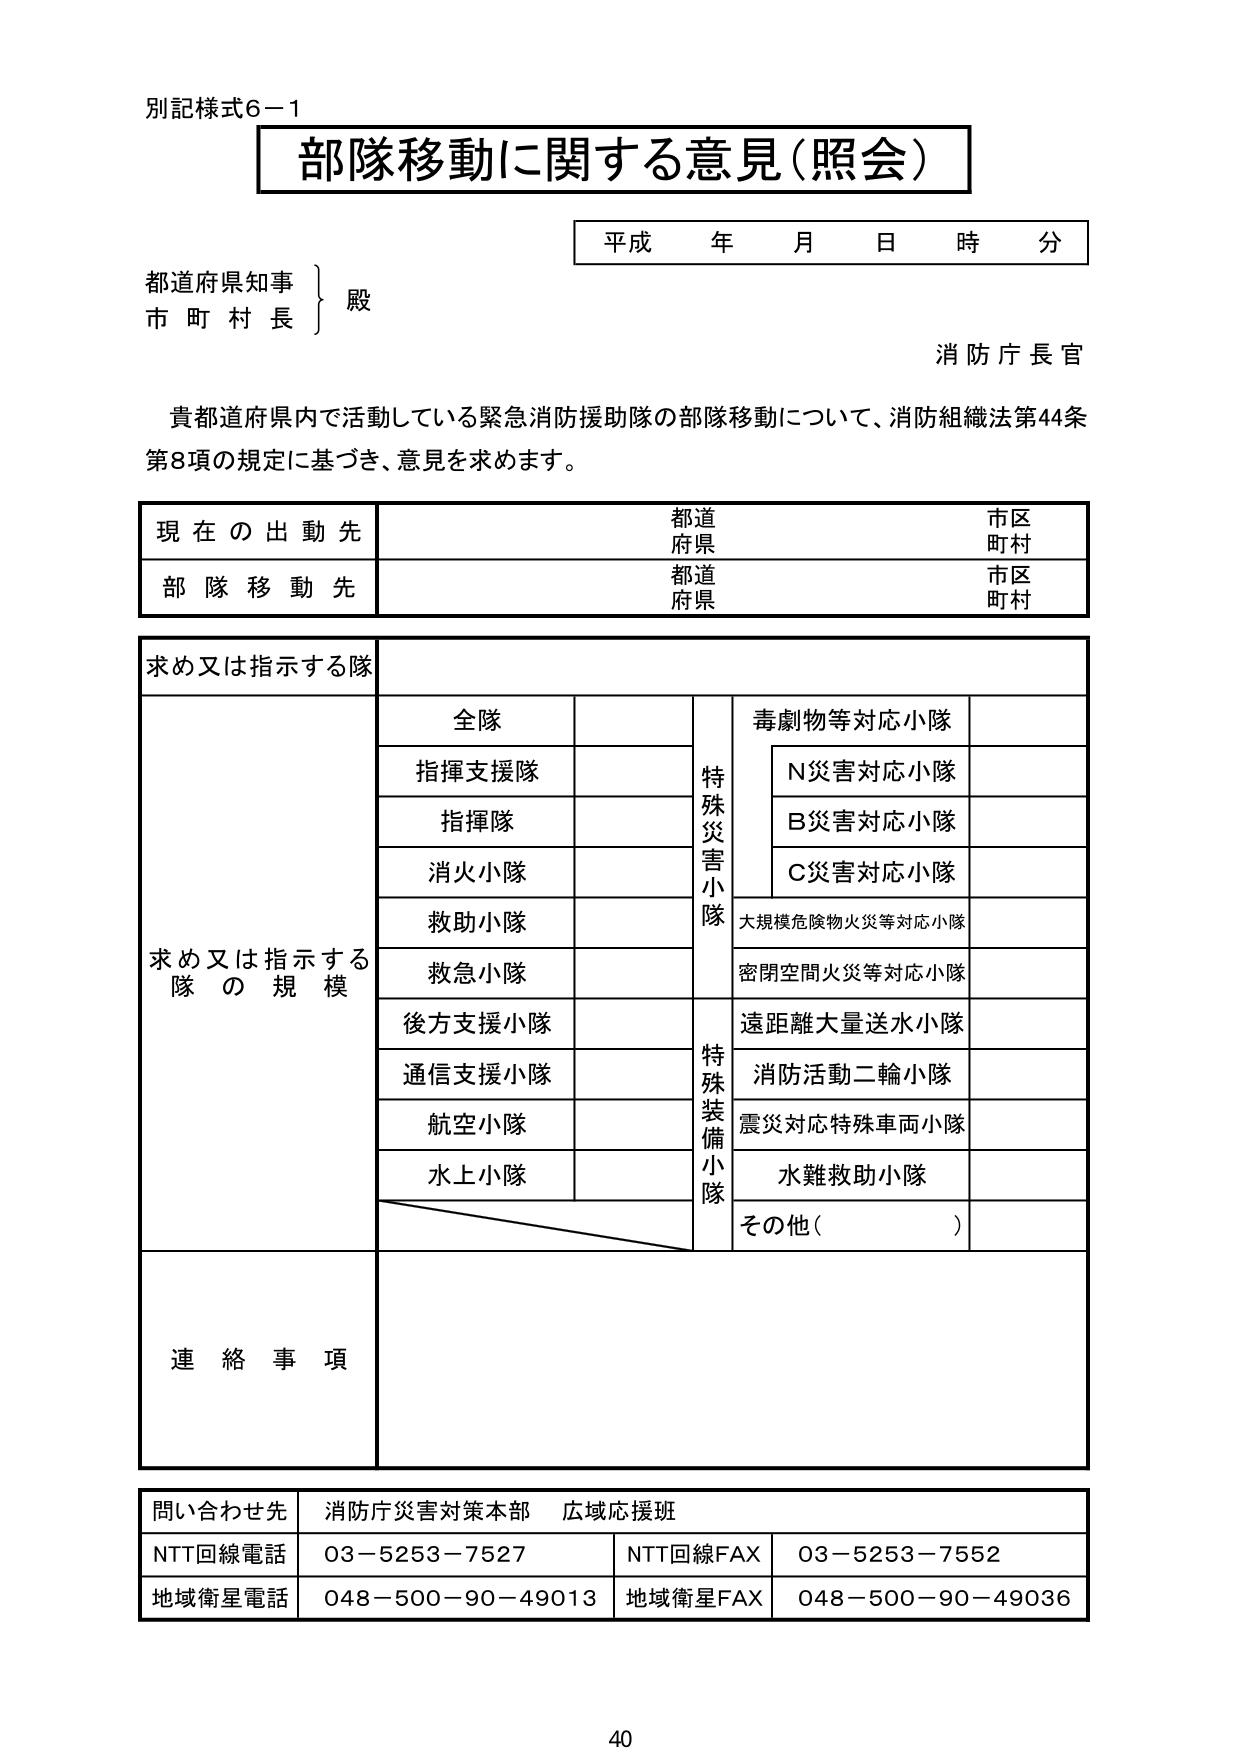
別記様式6－1
部隊移動に関する意見（照会）
平成 年 月 日 時 分
都道府県知事
市 町 村 長
殿
消防庁長官
貴都道府県内で活動している緊急消防援助隊の部隊移動について、消防組織法第44条第8項の規定に基づき、意見を求めます。
現在の出動先
都道府県
市区町村
部隊移動先
都道府県
市区町村
求め又は指示する隊
求め又は指示する隊の規模
全隊
特殊災害小隊
毒劇物等対応小隊
指揮支援隊
N災害対応小隊
指揮隊
B災害対応小隊
消火小隊
C災害対応小隊
救助小隊
大規模危険物火災等対応小隊
救急小隊
密閉空間火災等対応小隊
後方支援小隊
特殊装備小隊
遠距離大量送水小隊
通信支援小隊
消防活動二輪小隊
航空小隊
震災対応特殊車両小隊
水上小隊
水難救助小隊
その他（　　）
連絡事項
問い合わせ先
消防庁災害対策本部 広域応援班
NTT回線電話
03－5253－7527
NTT回線FAX
03－5253－7552
地域衛星電話
048－500－90－49013
地域衛星FAX
048－500－90－49036
40